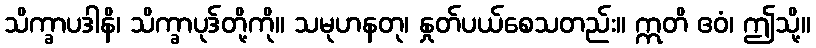
သိက္ခာပဒါနိ၊ သိက္ခာပုဒ်တို့ကို။ သမုဟနတု၊ နှုတ်ပယ်စေသတည်း။ ဣတိ ဧဝံ၊ ဤသို့။